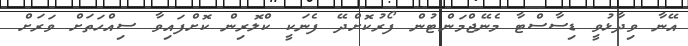
އޭނާ ވިދާޅުވީ ޑިސާސްޓާ މެނޭޖްމަންޓުން ފޯރުކޮށްދޭ ފެނަކީ ކްލޮރިން ކޮށްފައިވާ ސިއްހަތަށް ވަރަށް